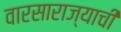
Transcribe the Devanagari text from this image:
वारसाराज्याची